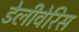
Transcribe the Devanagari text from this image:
डेलीवेरिस